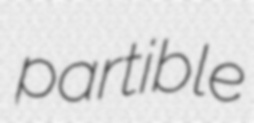
partible